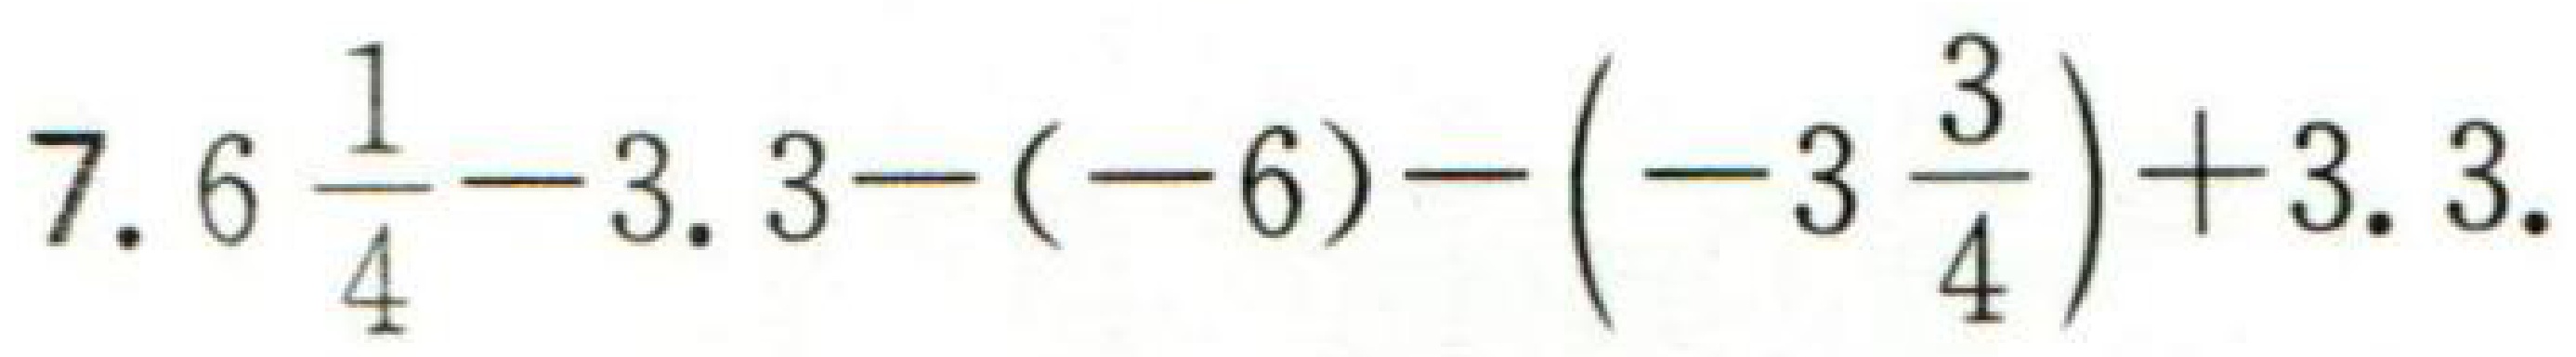
$7.6\frac{1}{4}-3.3-(-6)-\left(-3\frac{3}{4}\right)+3.3$